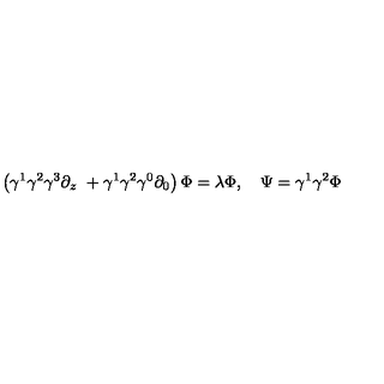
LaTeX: \left( \gamma ^ { 1 } \gamma ^ { 2 } \gamma ^ { 3 } \partial _ { z } \ + \gamma ^ { 1 } \gamma ^ { 2 } \gamma ^ { 0 } \partial _ { 0 } \right) \Phi = \lambda \Phi , \quad \Psi = \gamma ^ { 1 } \gamma ^ { 2 } \Phi